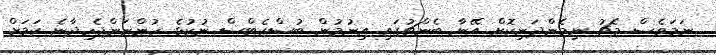
ނަމަވެސް މެޗު ނިމެންދަނިކޮށް އޭނާ ބެންޗުގައި އިނުމުން ބުސްކެޓްސް ނުކުޅެ ހުންނަންޖެހިދާނެ ކަމަށް